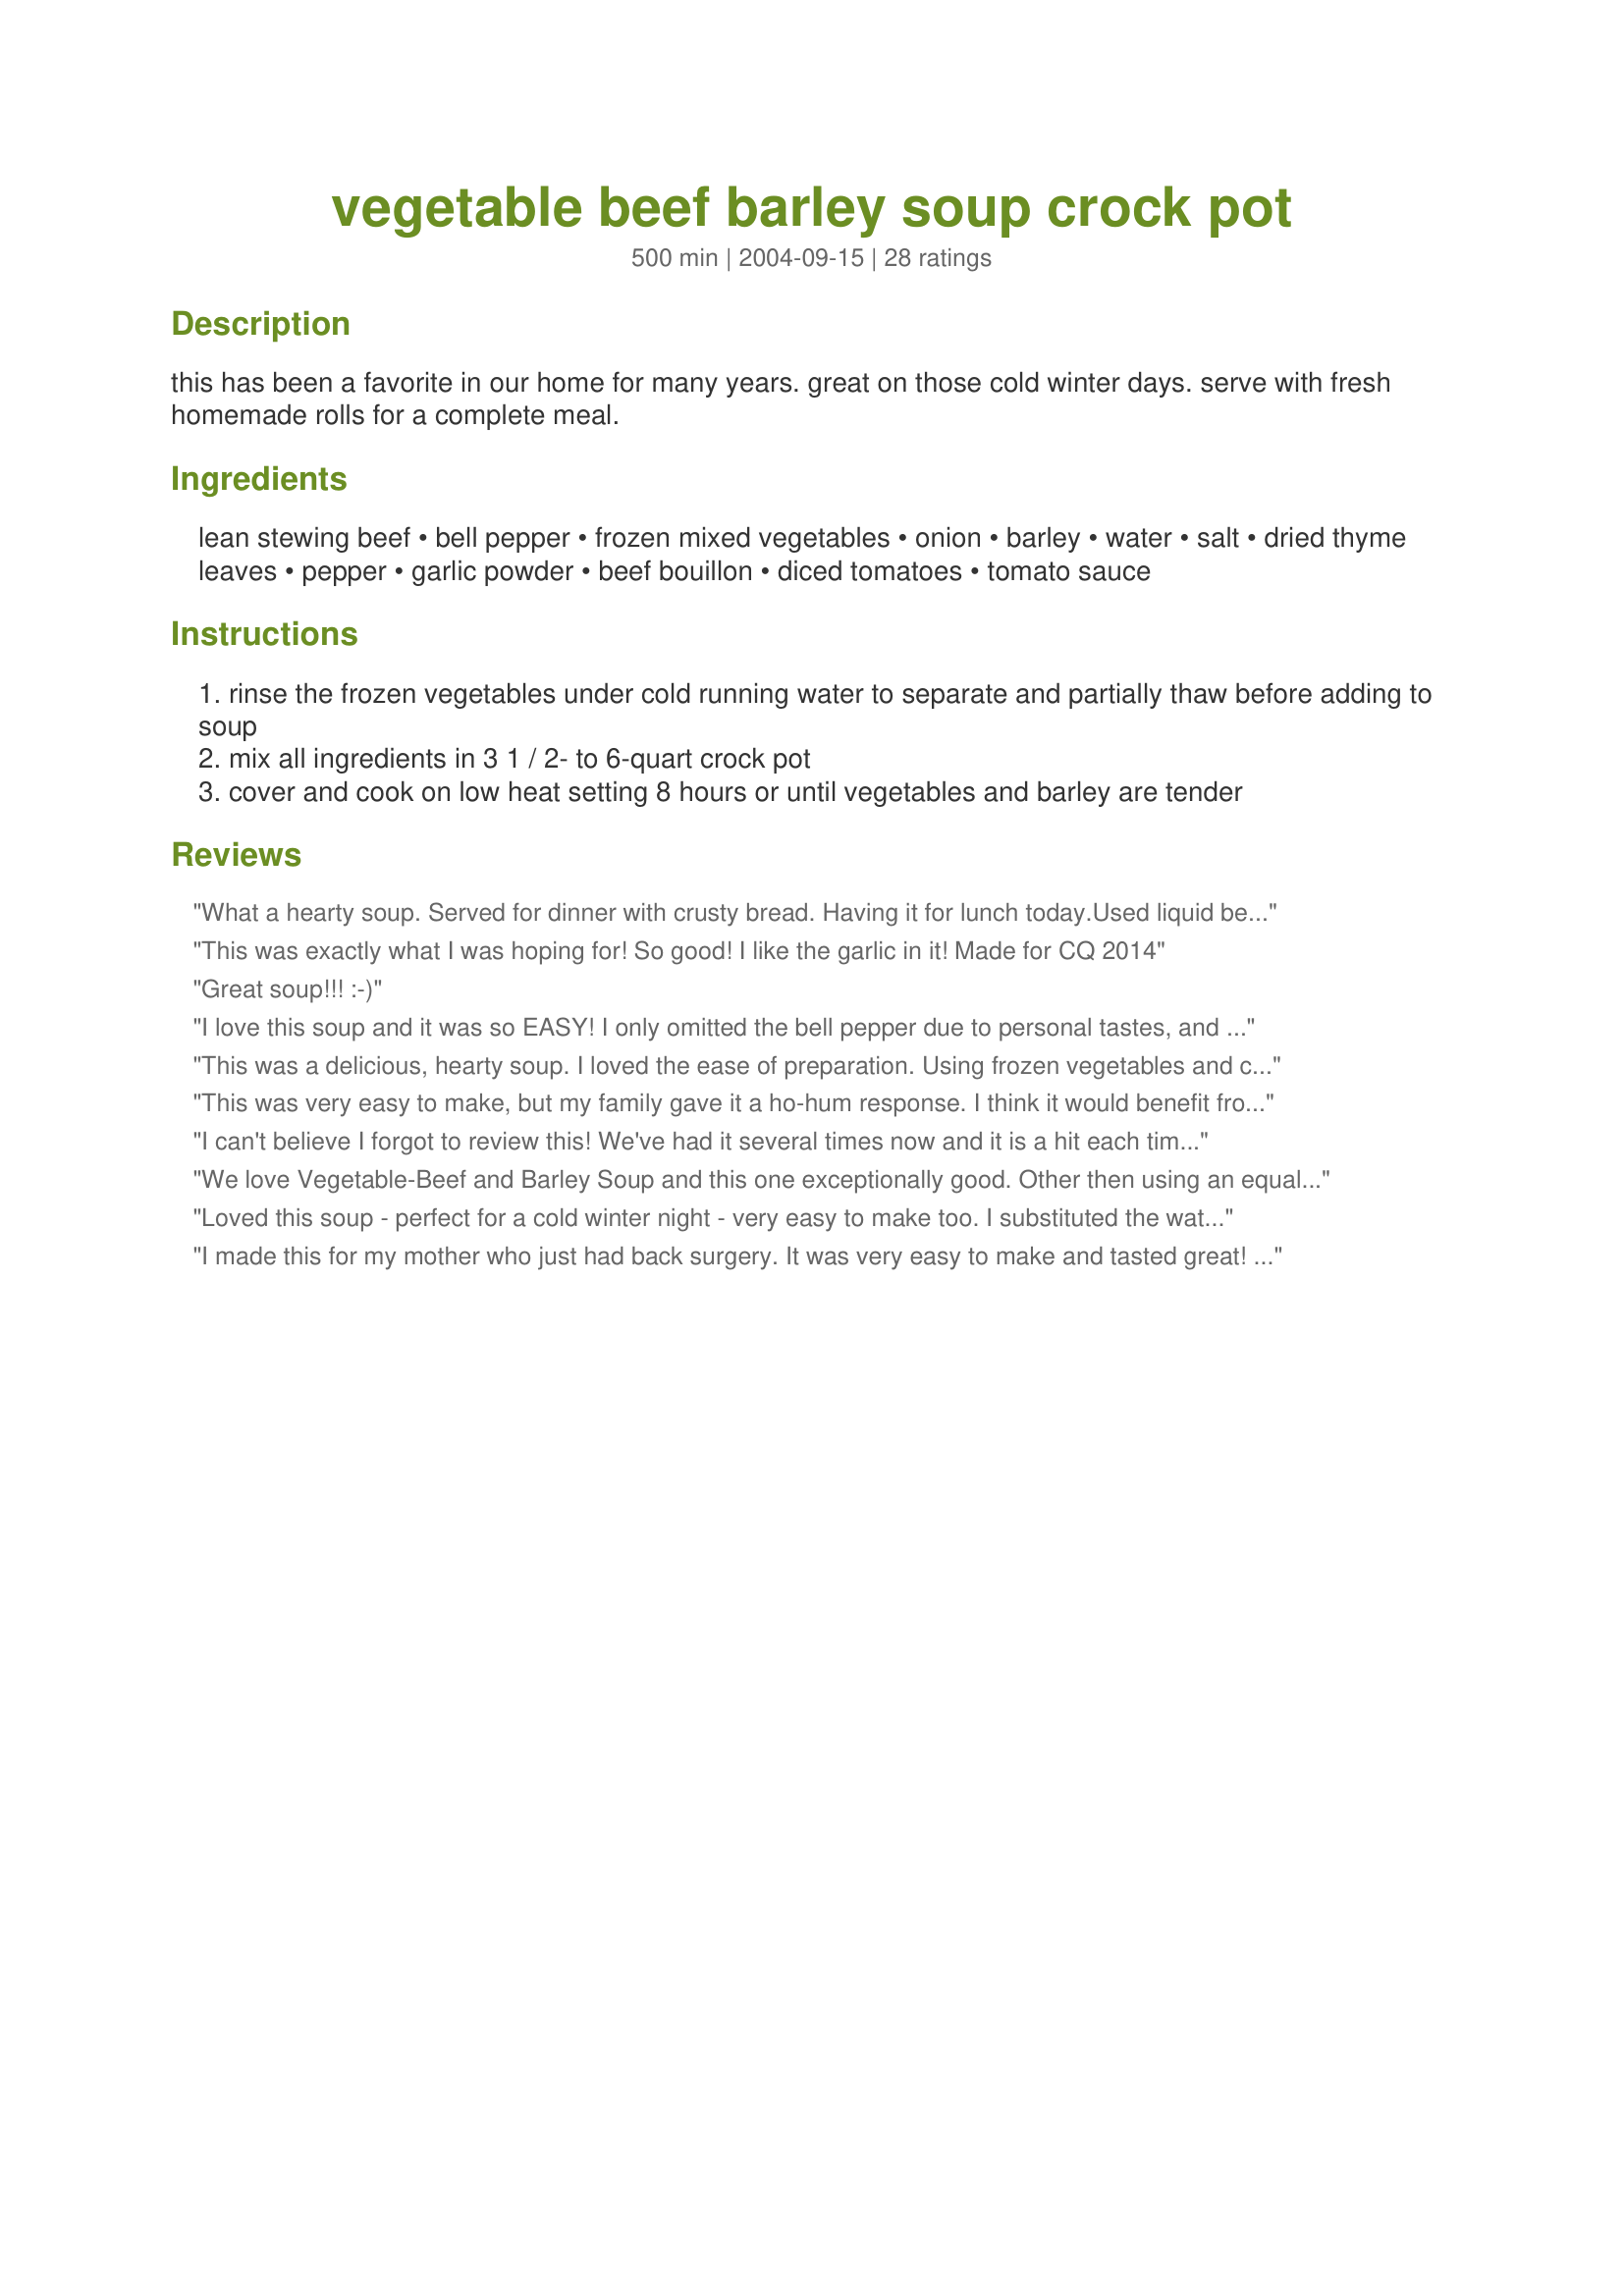
vegetable beef barley soup crock pot
Preparation time: 500 minutes

this has been a favorite in our home for many years. great on those cold winter days. serve with fresh homemade rolls for a complete meal.

Ingredients:
lean stewing beef, bell pepper, frozen mixed vegetables, onion, barley, water, salt, dried thyme leaves, pepper, garlic powder, beef bouillon, diced tomatoes, tomato sauce

Steps:
rinse the frozen vegetables under cold running water to separate and partially thaw before adding to soup
mix all ingredients in 3 1 / 2- to 6-quart crock pot
cover and cook on low heat setting 8 hours or until vegetables and barley are tender

Reviews:
What a hearty soup. Served for dinner with crusty bread. Having it for lunch today.Used liquid beef broth.
This was exactly what I was hoping for! So good! I like the garlic in it! Made for CQ 2014
Great soup!!! :-)
I love this soup and it was so EASY! I only omitted the bell pepper due to personal tastes, and it was wonderful on a cold night. I served it with #267632 from my bread machine. I trimmed and cut up a chuck roast to use as the meat and what a difference it made No more stew beef for my soup!
This was a delicious, hearty soup. I loved the ease of preparation. Using frozen vegetables and canned tomatoes were a great time saver. I will being making this again. Thank you!
This was very easy to make, but my family gave it a ho-hum response. I think it would benefit from additional seasoning. Maybe bay leaf, or more herbs? I used gumbo blend frozen vegetables, but would probably go with regular soup blend frozen veggies next time. Has potential for us, just need to adjust seasonings to our taste. Thanks
I can't believe I forgot to review this! We've had it several times now and it is a hit each time! Thanks so much for posting this keeper, we enjoy it very much :)
We love Vegetable-Beef and Barley Soup and this one exceptionally good. Other then using an equal amount of fresh vegetables I had in the fridge made as posted. That little can of tomato sauce added to both the flavor as well as to the taste. Had a very wet and chilly day here - just right for a great tasting supper soup. Right up there with that Chicken Soup of yours!
Loved this soup - perfect for a cold winter night - very easy to make too. I substituted the water and beef bouillion for 32 oz container of beef broth. This is a keeper.
I made this for my mother who just had back surgery. It was very easy to make and tasted great! The only difference is that I cooked it on the stove for 4-5 hours on low. Thanks!!
Made this and the family loved it. I used 2 pounds of beef stew and used a red pepper instead of the green. I did add a touch of basil and it was a great vegetable soup on a chilly day. Thanks paula for a great soup recipe that will be used again.
:)
I too cannot believe that I had forgotten to review this recipe. I have had it several times myself although I do it on the stove top vs a slow cooker. Basically brown the meat in a little vegetable oil then add all ingredients while waiting impatiently to enjoy it. It is such a comfort soup. Thanks for posting it!
Great hearty soup, for a cold winter day. I substituted the boulion for 32oz container of beef broth. To spice it up a bit, I used a pinch or two of red pepper
I truly enjoyed this recipe!!! Up until this point I've had a hard time finding a really good crockpot soup. This one was great. The flavour was really good!! I used ground beef & fried the onions & beef before putting it in the crockpot with all the other ingrediants. For vegies, I used frozen peas & corn. Cut up fresh carrots & parsley. Next time I'll add finely chopped potatoes & some kale chopped fine as well. DELICIOUS!!! Done in exactly 8 hours....We loved it.
Delicious! I cut the recipe in half and used fesh vegetables cut into chunks (carrots, celery, a leftover zucchini, some garlic and a few green beans). Wonderful. I did use beef broth for the water and bouillon. Served with recipe#105726#105726 and we had a great meal. Made for Zaar Chef Alphabet Soup ~ Jan-June 2013.
Delicious and the house smelled so good when I walked in the door! I made a few changes based on what was on hand by using1 whole red bell pepper, one onion, 2 bouillion cubes, 4 chopped tomatoes (instead of canned tomatoes) and 1 (12 oz) can vegetable juice (sort-of like V-8), a 16 oz can of tomatoe sauce (instead of the 8-oz can specified)--still with all these changes this was absolutely wonderful! I am bringing some to work tomorrow for a wonderful hot lunch! Thanks for sharing this keeper which we will be having often!
I can't say anything bad about this soup! Delicious! I bought diced tomatoes that had green peppers, celery and onion in it, but I still added the recipe amount. I used 2 cans of diced potatoes and two bags of frozen veggies. I've always wanted to find a good beef/veg/barley soup recipe and this is it! Look no further for a yummy and easy recipe! Thanks for posting it!
Wonderful soup! First time I ever made a barley soup and it was great? Will be making this often..
I love vegetable soup and this one will be another favorite! I used cauliflower, broccoli, and carrots for the vegetables and added vegetable broth instead of beef bouillion. Really enjoyed the addition of the barley. Thank you Paula!
I put this together before work, got home to a wonderful smell...of soup ready to eat!!
I used up all the fresh veggies in the house..you name it...it was in there! Thanks for a great soup!

This was good but I think that next time I'll skip the peppers as I didn't really care for them. I will also use beef broth instead of the bouillion to reduce some of the saltiness. We're neither one into salt that much.
Wonderful soup! I cooked mine overnight in the crockpot and woke up to a delicious aroma. The flavor is great. I love the barley and veggies (I used a frozen soup veggie mix). Next time I will add another cup or so of water as my soup came out thick. Thanks, Paula, for a wonderful, warming recipe!
Fabulous and could not be easier! The aromas that filled the house while this stew was cooking were incredible. The soup is hearty and flavorful. I used red pepper instead of green and frozen mixed veggies. I also used a new beef bouillon that proclaims to have more beef taste and less salt. This was perfect for the lunch thermos on a very cold winters day! Thanks Paula!!!
This was a quite good soup. I really am not found of veggie soup or barley, but this was good and quite simple to make. Only change I made was I substituted beef stock for the water and bouillon.
Really good and easy. I skipped the green peppers (not a fan of them) otherwise made as directed and it turned out great. Will do again! Thanks!
What a gem this soup is. Couldn't be any easier. Quick to prepare and the flavour is out of this world. The broth is actually creamy, without the addition of milk or cream. I'm not sure what I did differently (except add chili pepper flakes) but it got quite thick, to the point that I added an extra three cups of water!!! But who cares!!! The end result was 10 extremely generous servings of the nicest vegetable soup. Thanks PaulaG...another wonderful recipe. Made for The 12 Days of Christmas Recipe Swap.
I chose this for the ZWT game, it's a wonderful hearty soup with lots of flavor, I made mine on top of the stove and sauteed onions and garlic before adding in the other ingredients, I used beef broth in place of water and omitted the boulllon cubes, thanks for sharing Paula!...Kitten
LOVED it. I left out the bell peppers and onions (picky fiance) and substituted one of the cans of diced tomotaes for a can of diced potatoes. SO GOOD.
